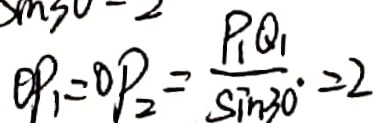
O P _ { 1 } = O P _ { 2 } = \frac { P _ { 1 } Q _ { 1 } } { \sin 3 0 ^ { \circ } } = 2